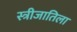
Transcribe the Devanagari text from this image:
स्त्रीजातिला